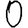
Digit: 0